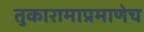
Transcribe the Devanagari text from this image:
तुकारामाप्रमाणेच